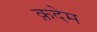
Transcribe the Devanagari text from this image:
क़देम